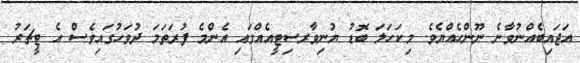
އަޖައިބެއްނުވާނެ ނޫންހެއްޔެވެ. މިކަހަލަ ބޮޑު ޔުނިވާރސިޓީއެއްގައި އެންމެ ފުރަތަމަ ދުވަހުގައިވެސް އެ ޓީޗަރު